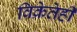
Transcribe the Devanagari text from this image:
विक्रेतेही